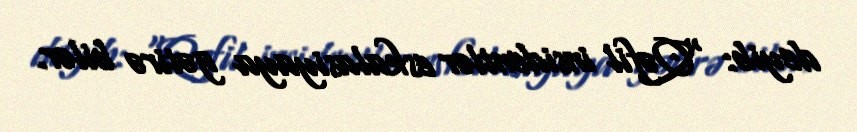
deyib: “Qəfil insidentlər eskalasiyaya gətirə bilər.